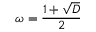
\omega = { \frac { 1 + { \sqrt { D } } } { 2 } }